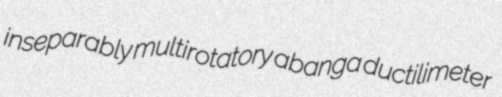
inseparably multirotatory abanga ductilimeter